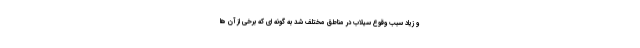
و زیاد سبب وقوع سیلاب در مناطق مختلف شد به گونه ای که برخی از آن ها